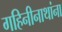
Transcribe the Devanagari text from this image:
गहिनीनाथांना